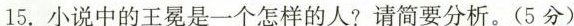
15. 小说中的王冕是一个怎样的人?请简要分析。(5分)